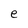
Character: e